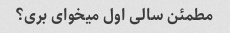
مطمئن سالی اول میخوای بری؟